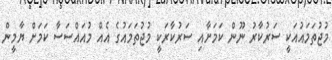
މުޖުތަމައުއަކީ ސަރުކާރު ނޫން ކަމަށާއި ސަރުކާރަކީ މުޖުތަމައުގެ އެއް މުއައްސަސާ ކަމަށް ޔާމީން